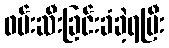
ဖမ်းဆီးခြင်းခံခဲ့ရပြီး